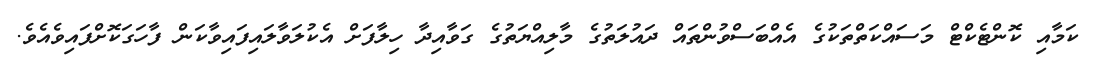
ކަމާއި ކޮންޓެކްޓް މަސައްކަތްތަކުގެ އެއްބަސްވުންތައް ދައުލަތުގެ މާލިއްޔަތުގެ ގަވާއިދާ ހިލާފަށް އެކުލަވާލައިފައިވާކަން ފާހަގަކޮށްފައިވެއެވެ.